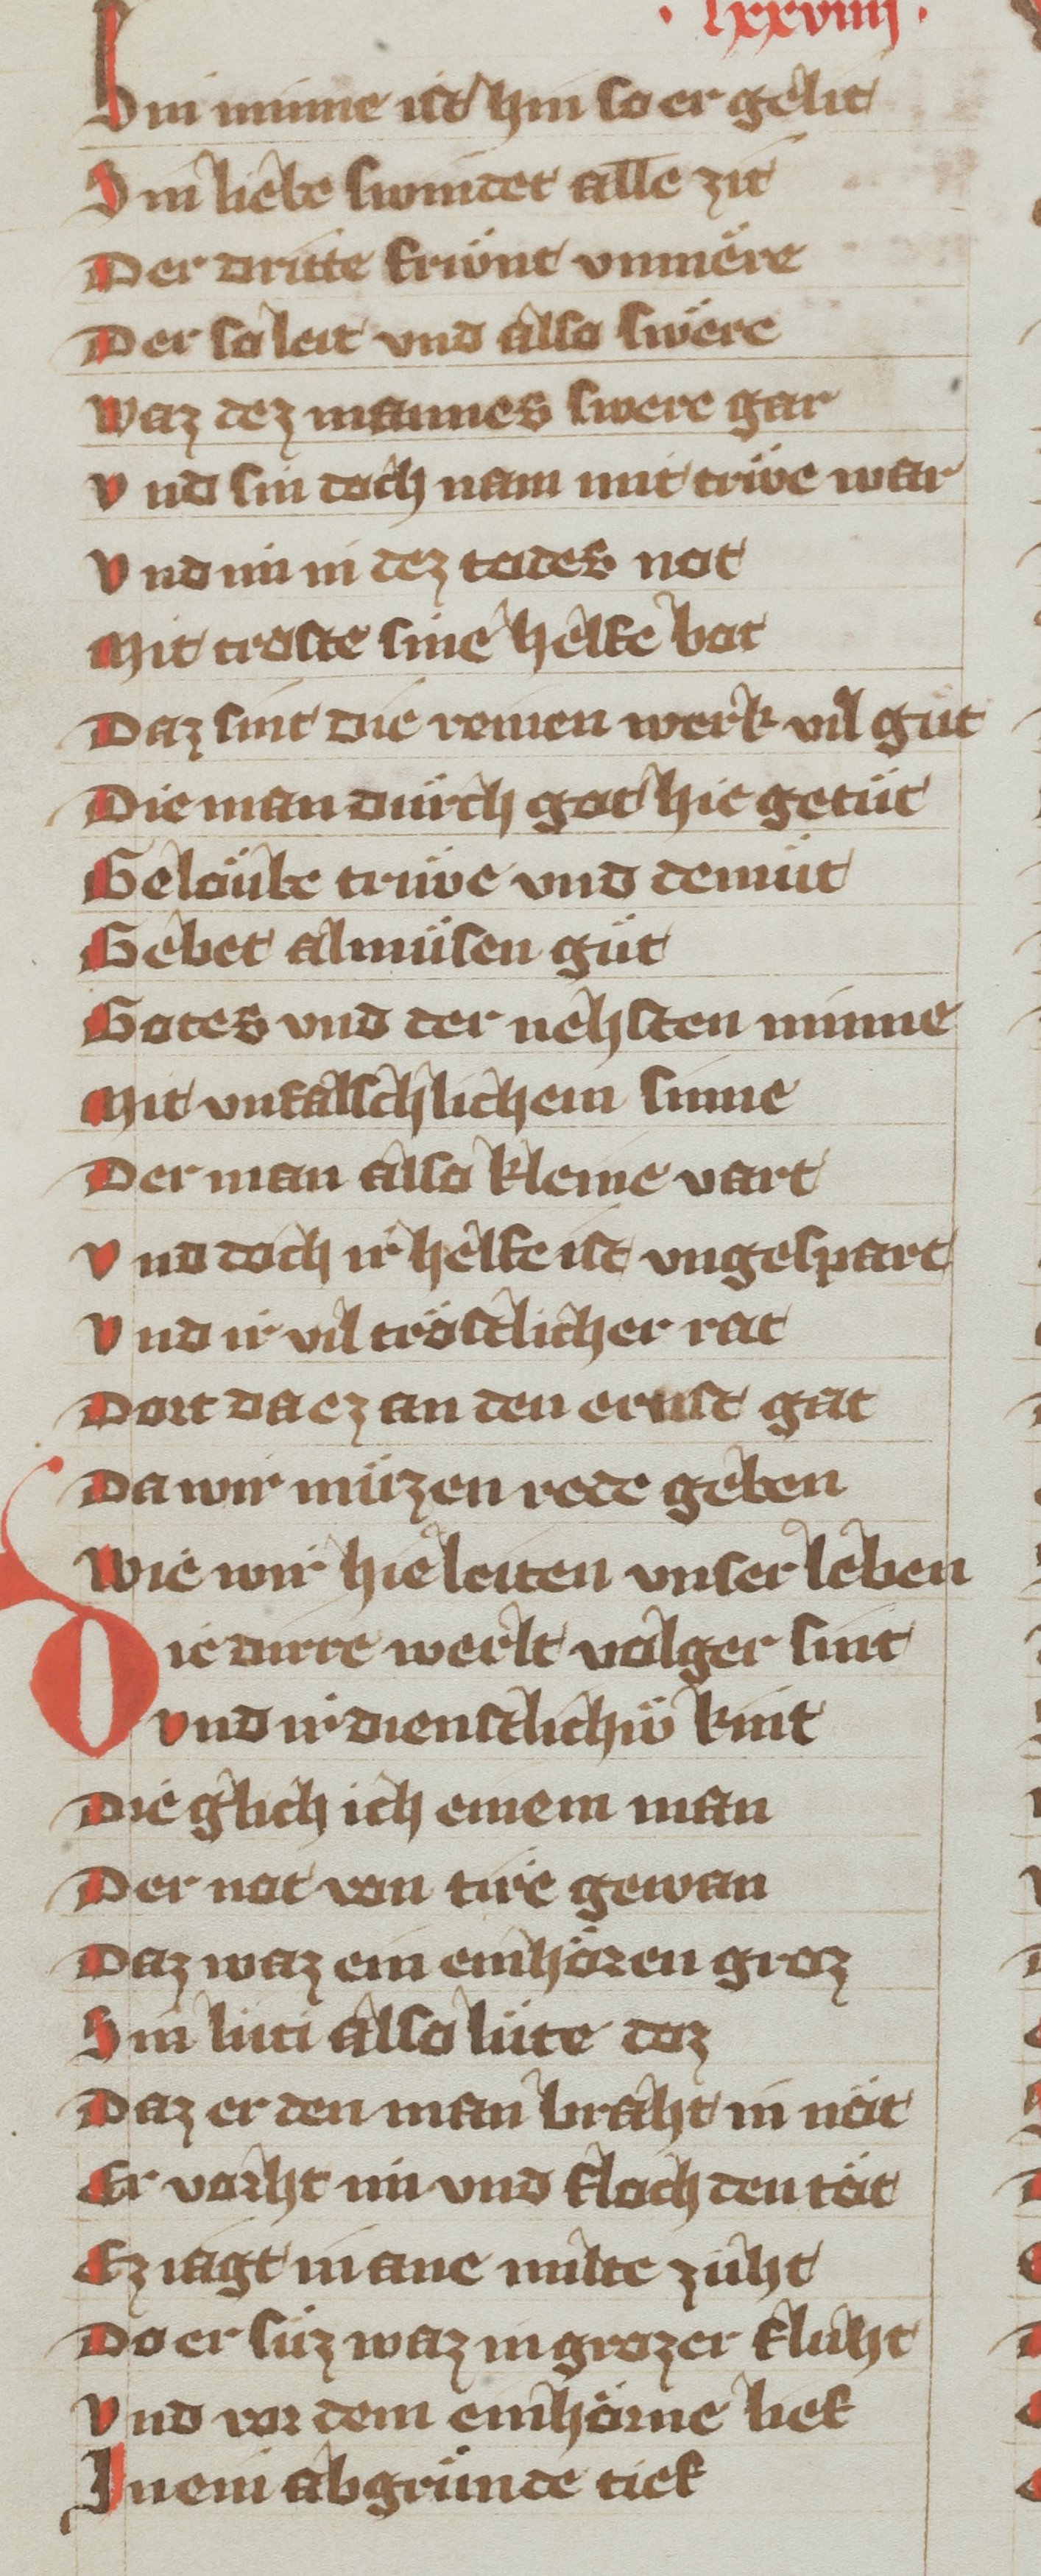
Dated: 1340–1359